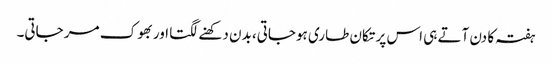
ہفتہ کا دن آتے ہی اس پر تکان طاری ہوجاتی، بدن دکھنے لگتا اور بھوک مر جاتی۔